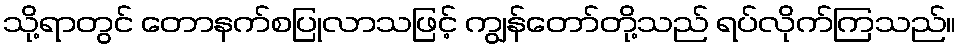
သို့ရာတွင် တောနက်စပြုလာသဖြင့် ကျွန်တော်တို့သည် ရပ်လိုက်ကြသည်။